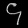
Digit: ၄